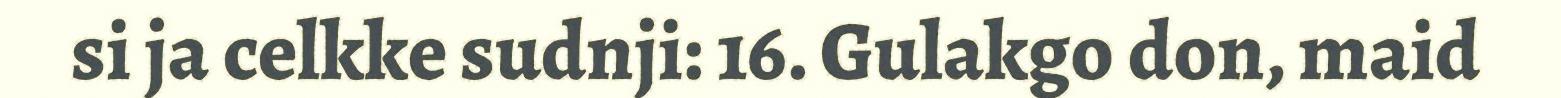
si ja celkke sudnji: 16. Gulakgo don, maid